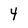
Character: 4